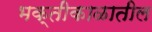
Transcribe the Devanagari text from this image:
भक्तीकाळातील